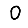
Digit: 0